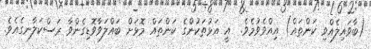
(ބާވައިލެއްވި ކަންތައް) އިއްވެވުމެވެ.  އީ އަޅުތަކުންގެ ކަންތައް މޮޅަށް ބައްލަވާވޮޑިގެންވާ ރަސްކަލާނގެއެވެ.